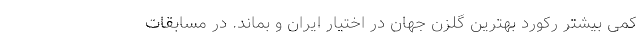
کمی بیشتر رکورد بهترین گلزن جهان در اختیار ایران و بماند. در مسابقات